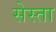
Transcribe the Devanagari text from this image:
सेस्ता